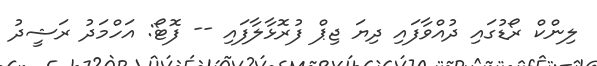
ލިންކް ރޯޑުގައި ދުއްވާފައި ދިޔަ ޖިޕް ފުރޮޅާލާފައި -- ފޮޓޯ: އަހްމަދު ރަޝީދު